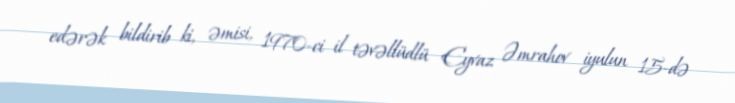
edərək bildirib ki, əmisi, 1970-ci il təvəllüdlü Eyvaz Əmrahov iyulun 15-də